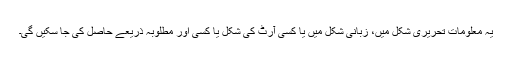
یہ معلومات تحریری شکل میں، زبانی شکل میں یا کسی آرٹ کی شکل یا کسی اور مطلوبہ ذریعے حاصل کی جا سکیں گی۔